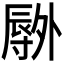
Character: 𫯕